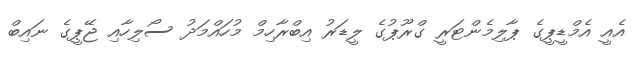
އެއީ އެމްޑީޕީގެ ޕާލިމެންޓަރީ ގްރޫޕުގެ ލީޑަރު އިބްރާހިމް މުހައްމަދު ސޯލިހާއި ޖޭޕީގެ ނައިބް